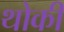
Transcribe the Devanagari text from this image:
थोकी